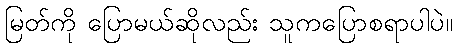
မြတ်ကို ပြောမယ်ဆိုလည်း သူကပြောစရာပါပဲ။